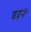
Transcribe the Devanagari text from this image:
बढ़नें